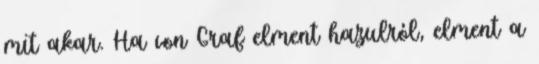
mit akar. Ha von Graf elment hazulról, elment a